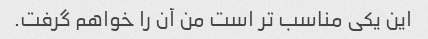
این یکی مناسب تر است من آن را خواهم گرفت.